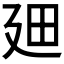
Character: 𪪮